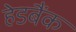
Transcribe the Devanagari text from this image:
हेडबैंक